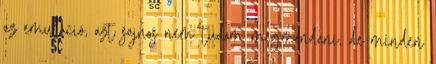
az emuláció, azt sajnos nem tudom megmondani, de minden